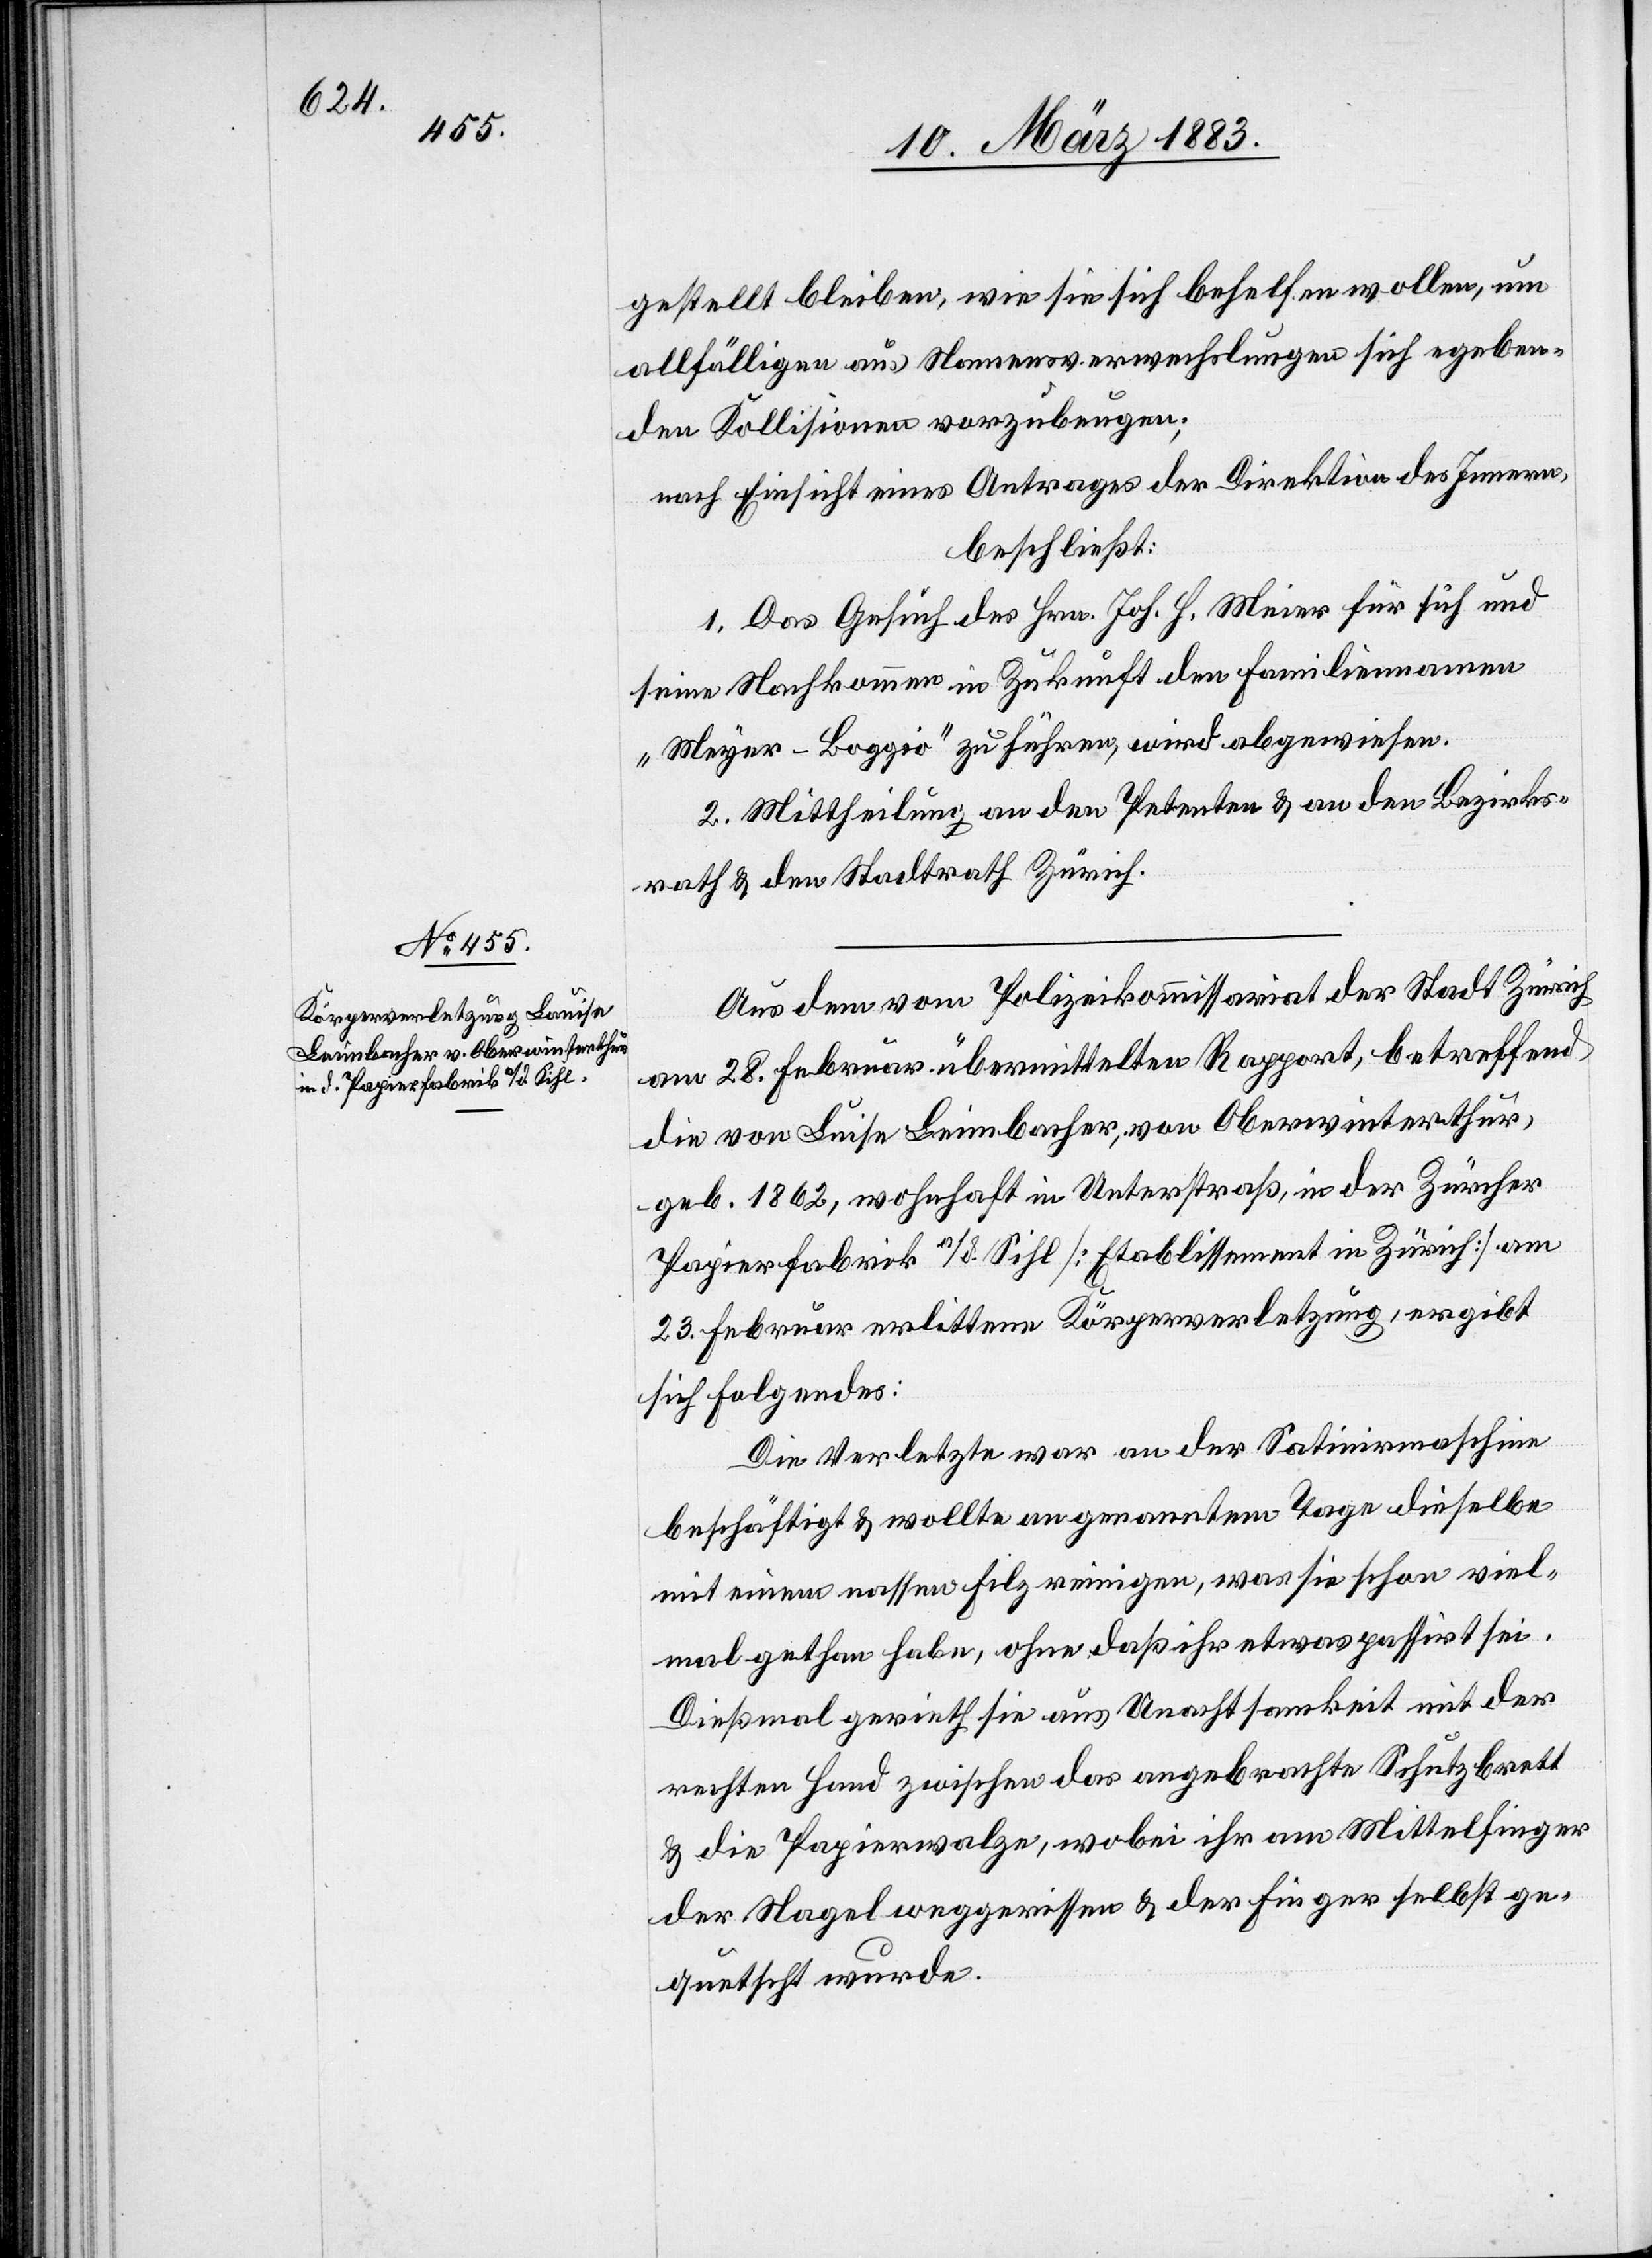
Art.

nach Einsicht eines Antrages der Direktion des Innern,
beschließt: